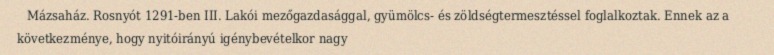
Mázsaház. Rosnyót 1291-ben III. Lakói mezőgazdasággal, gyümölcs- és zöldségtermesztéssel foglalkoztak. Ennek az a következménye, hogy nyitóirányú igénybevételkor nagy